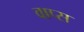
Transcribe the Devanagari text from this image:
वाप्स